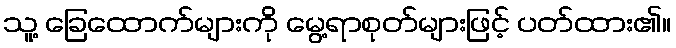
သူ့ ခြေထောက်များကို မွေ့ရာစုတ်များဖြင့် ပတ်ထား၏။